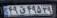
۴۹ق۴۹۵۲۹